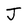
Character: J